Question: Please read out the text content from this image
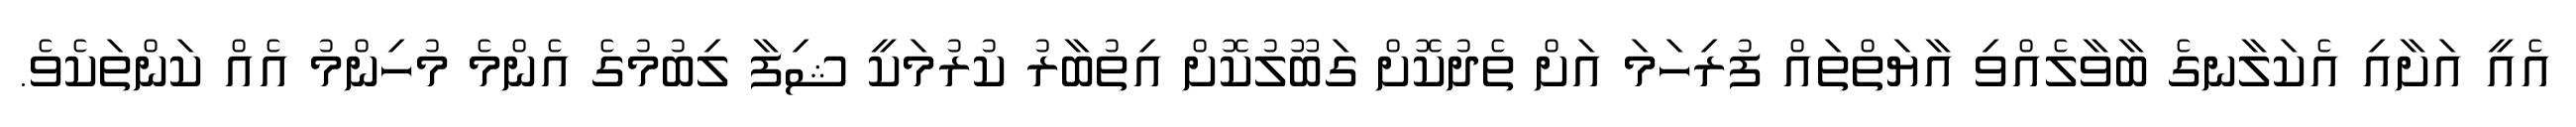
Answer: އެއީ އަށާއި އެކަލާނގެ ބާވާލެއްވި އާޔަތްތައް ފުރިހަމަ އަށް ތެދުކޮށް ގަބޫލުކޮށް އިތުބާރު ކުރުމަކީ ޝިފާ ލިބުމުގެ އެންމެ މުހިންމު އެއް ކަންތަކެވެ.